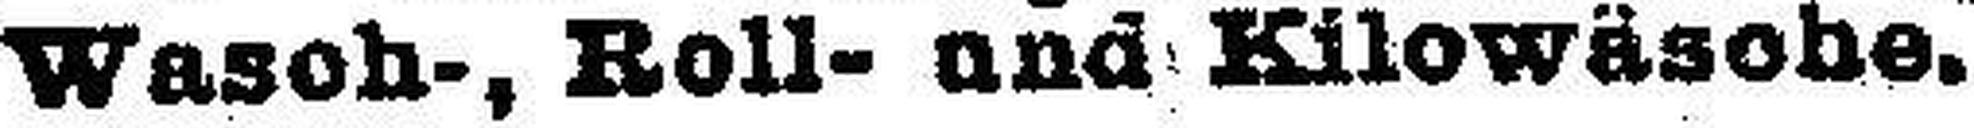
Wasoh-, Roll- und Kilowäsobe.